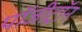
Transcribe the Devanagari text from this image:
पॉजीट्रॉन